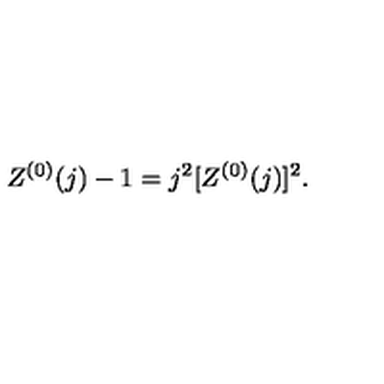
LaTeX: Z ^ { ( 0 ) } ( j ) - 1 = j ^ { 2 } [ Z ^ { ( 0 ) } ( j ) ] ^ { 2 } .